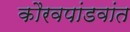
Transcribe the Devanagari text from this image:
कौरवपांडवांत